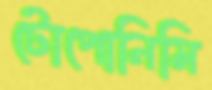
টোপোনিমি